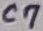
Text: C7